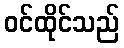
ဝင်ထိုင်သည်